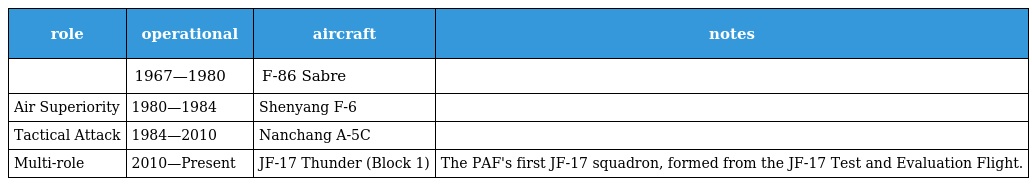
| role | operational | aircraft | notes |
 | --- | --- | --- | --- |
 |  | 1967—1980 | F-86 Sabre |  |
 | Air Superiority | 1980—1984 | Shenyang F-6 |  |
 | Tactical Attack | 1984—2010 | Nanchang A-5C |  |
 | Multi-role | 2010—Present | JF-17 Thunder (Block 1) | The PAF's first JF-17 squadron, formed from the JF-17 Test and Evaluation Flight. |